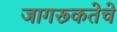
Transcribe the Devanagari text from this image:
जागरूकतेचे